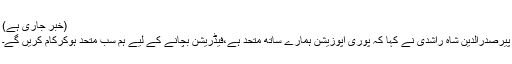
(خبر جاری ہے)
پیرصدرالدین شاہ راشدی نے کہا کہ پوری اپوزیشن ہمارے ساتھ متحد ہے،فیڈریشن بچانے کے لیے ہم سب متحد ہوکرکام کریں گے۔